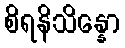
စိရနိသိန္နော